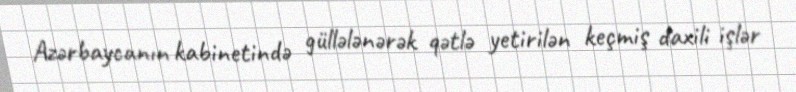
Azərbaycanın kabinetində güllələnərək qətlə yetirilən keçmiş daxili işlər